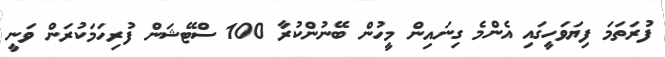
ފުރަތަމަ ފިޔަވަހީގައި އެންމެ ގިނައިން މީހުން ބޭނުންކުރާ 100 ސްޓޭޝަން ފުރިހަމަކުރަން ވަނީ